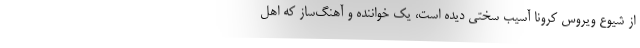
از شیوع ویروس کرونا آسیب سختی دیده است، یک خواننده و آهنگ‌ساز که اهل